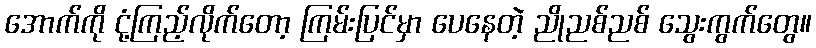
အောက်ကို ငုံ့ကြည့်လိုက်တော့ ကြမ်းပြင်မှာ ပေနေတဲ့ ညိုညစ်ညစ် သွေးကွက်တွေ။